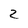
Character: 2